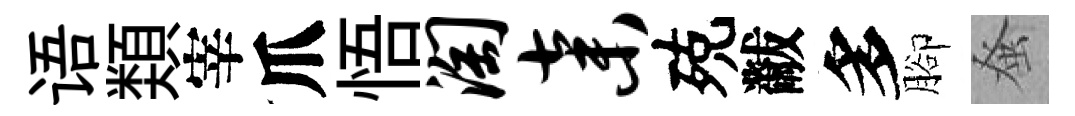
语𩔖宰爪悟淘弃殑黻多腳𫊫